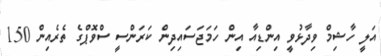
އަލީ ހާޝިމް ވިދާޅުވީ އިންޑިއާ އިން ހަމަޖަސައިދިން ކަރަންސީ ސްވޮޕްގެ ތެރެއިން 150